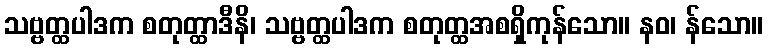
သဗ္ဗတ္ထပါဒက စတုတ္ထာဒီနိ၊ သဗ္ဗတ္ထပါဒက စတုတ္ထအစရှိကုန်သော။ နဝ၊ န်သော။